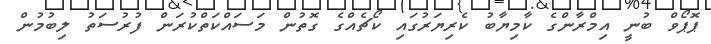
ޕޮޕޯވް ބުނީ އިމްރާންގެ ކާމިޔާބު ކެރިޔަރުގައި ކޯޗެއްގެ ގޮތުން މަސައްކަތްކުރަން ފުރުސަތު ލިބުމުން